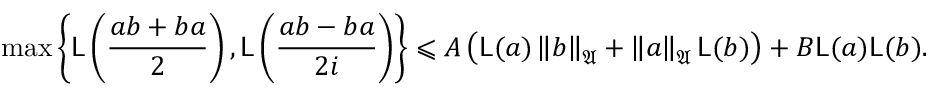
\operatorname* { m a x } \left\{ { \mathsf { L } } \left( \frac { a b + b a } { 2 } \right) , { \mathsf { L } } \left( \frac { a b - b a } { 2 i } \right) \right\} \leqslant A \left( { \mathsf { L } } ( a ) \left\| { b } \right\| _ { { \mathfrak { A } } } + \left\| { a } \right\| _ { { \mathfrak { A } } } { \mathsf { L } } ( b ) \right) + B { \mathsf { L } } ( a ) { \mathsf { L } } ( b ) \mathrm { . }